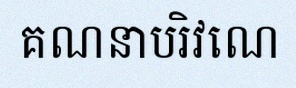
គណនាបរិវេណ